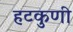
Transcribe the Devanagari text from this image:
हटकुणी